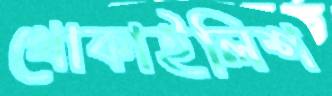
খোকাইলিশ